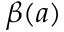
\beta ( a )